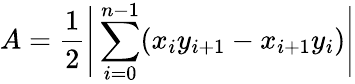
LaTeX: A={\frac{1}{2}}{\Biggl\vert}\sum_{i=0}^{n-1}(x_{i}y_{i+1}-x_{i+1}y_{i}){\Biggr\vert}